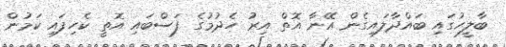
ބާލީހުގައި ބައްދާލައިގެން އޭނާ އޮތް އިރު ހެދުމުގެ ފަސްބައި އޮތީ ކެހިފައި ކަމުން